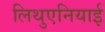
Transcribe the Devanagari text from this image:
लिथुएनियाई